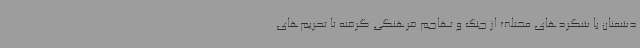
دشمنان با شگردهای مختلف از جنگ و تهاجم فرهنگی گرفته تا تحریم‌های